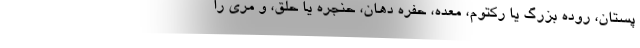
پستان، روده بزرگ یا رکتوم، معده، حفره دهان، حنجره یا حلق، و مری را